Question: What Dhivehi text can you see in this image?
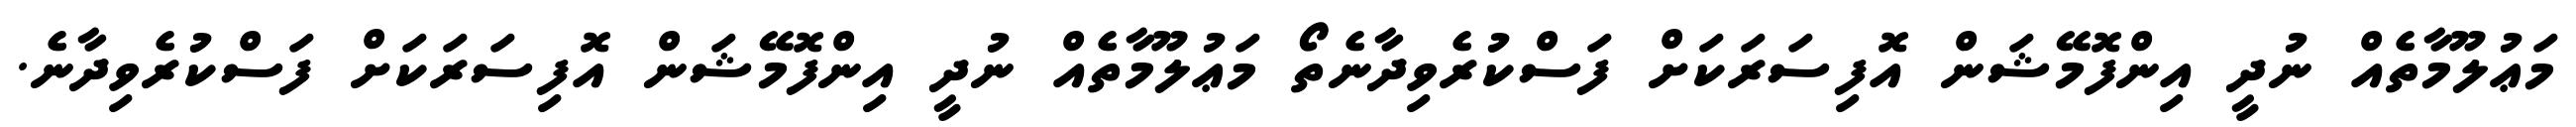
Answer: މަޢުލޫމާތެއް ނުދީ އިންފޮމޭޝަން އޮފިސަރަކަށް ފަސްކުރެވިދާނެތޯ މަޢުލޫމާތެއް ނުދީ އިންފޮމޭޝަން އޮފިސަރަކަށް ފަސްކުރެވިދާނެ.